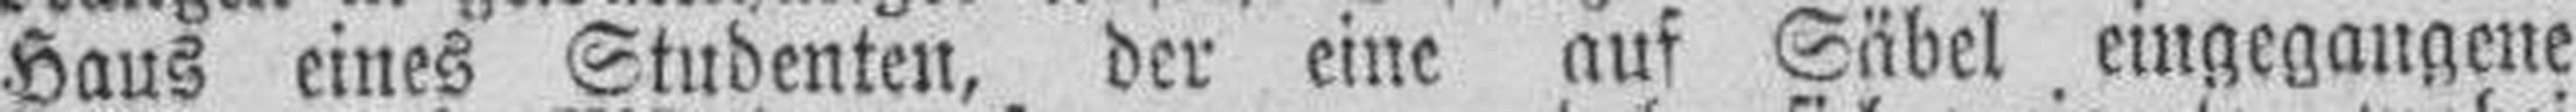
Haus eines Studenten, der eine aus Säbel eingegangene